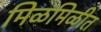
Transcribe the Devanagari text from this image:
मिळमिळीत